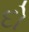
દો